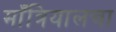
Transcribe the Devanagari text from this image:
माँत्रियालचा